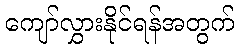
ကျော်လွှားနိုင်ရန်အတွက်